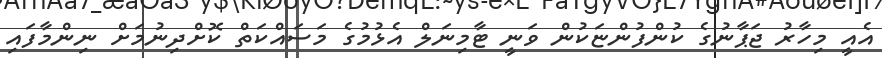
އެއީ މިހާރު ޖަޕާނުގެ ކުންފުންޏަކުން ވަނީ ޓާމިނަލް އެޅުމުގެ މަސައްކަތް ކޮށްދިނުމަށް ނިންމާފައި